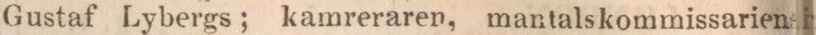
Gustaf Lybergs; kamreraren, mantalskommissarien